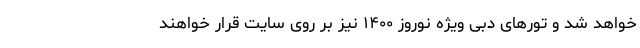
خواهد شد و تورهای دبی ویژه نوروز ۱۴۰۰ نیز بر روی سایت قرار خواهند